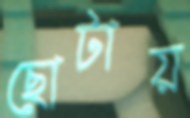
ছোটায়